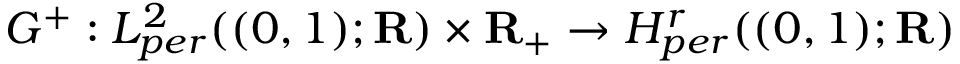
G ^ { + } : L _ { p e r } ^ { 2 } ( ( 0 , 1 ) ; \mathbf { R } ) \times \mathbf { R } _ { + } \rightarrow H _ { p e r } ^ { r } ( ( 0 , 1 ) ; \mathbf { R } )